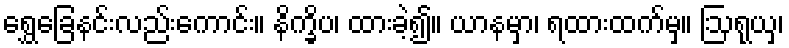
ရွှေခြေနင်းလည်းကောင်း။ နိက္ခိပ၊ ထားခဲ့၍။ ယာနမှာ၊ ရထားထက်မှ။ ဩရုယှ၊